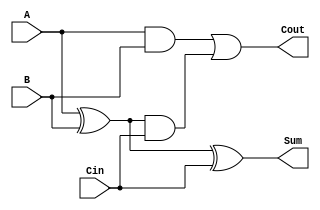
module tree_structured_full_adder (
    input wire A,      // First input bit
    input wire B,      // Second input bit
    input wire Cin,    // Carry-in bit
    output wire Sum,   // Output sum bit
    output wire Cout   // Output carry-out bit
);

    // Intermediate signals
    wire S1;          // Intermediate sum from A and B
    wire C1;          // Intermediate carry from A and B
    wire C2;          // Intermediate carry from S1 and Cin

    // Level 1: Compute intermediate sum and carry
    assign S1 = A ^ B;      // S1 = A XOR B
    assign C1 = A & B;      // C1 = A AND B

    // Level 2: Compute final sum and intermediate carry
    assign Sum = S1 ^ Cin;  // Sum = S1 XOR Cin
    assign C2 = S1 & Cin;    // C2 = S1 AND Cin

    // Final Stage: Compute final carry-out
    assign Cout = C1 | C2;   // Cout = C1 OR C2

endmodule